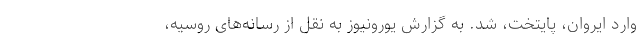
وارد ایروان، پایتخت، شد. به گزارش یورونیوز به نقل از رسانه‌های روسیه،